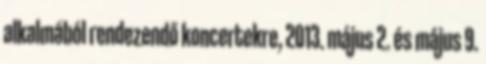
alkalmából rendezendő koncertekre, 2013. május 2. és május 9.